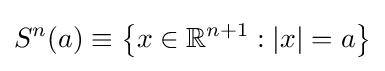
S^{n}(a)\equiv \left\{x\in \mathbb {R} ^{n+1}:|x|=a\right\}